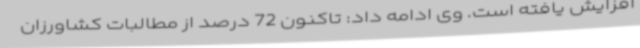
افزایش یافته است. وی ادامه داد: تاکنون 72 درصد از مطالبات کشاورزان